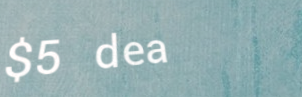
$5 deal